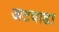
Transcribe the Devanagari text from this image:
जटवाडा